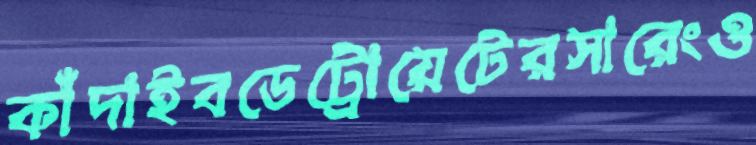
কাঁদাইবডেট্রোয়েটেরসারেংও